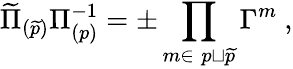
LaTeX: \widetilde\Pi_{(\widetilde p)}\Pi_{(p)}^{-1}=\pm\prod_{m\in\; p\sqcup{\widetilde p}}\Gamma^{m}\ ,